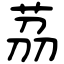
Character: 茘